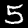
Digit: 5